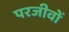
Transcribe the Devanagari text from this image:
परजीवों